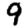
Digit: 9